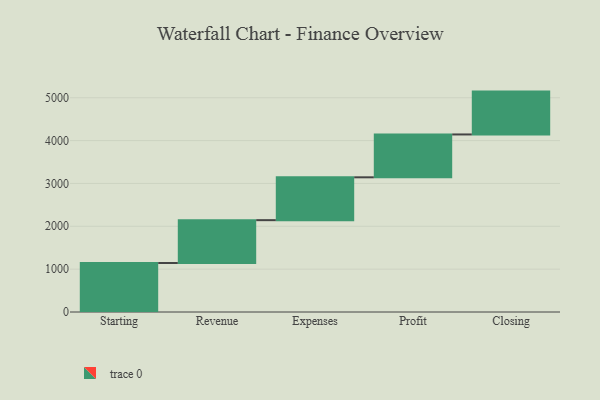
{"axis": {"x": "Step", "y": "Value"}, "legend": [""], "data": [{"x": "Starting", "y": 1143.0, "type": ""}, {"x": "Revenue", "y": 1000, "type": ""}, {"x": "Expenses", "y": 1000, "type": ""}, {"x": "Profit", "y": 1000, "type": ""}, {"x": "Closing", "y": 1000, "type": ""}]}